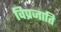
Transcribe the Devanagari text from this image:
विप्रजाति